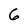
Character: 6